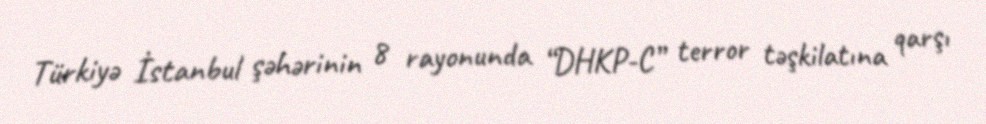
Türkiyə İstanbul şəhərinin 8 rayonunda “DHKP-C” terror təşkilatına qarşı